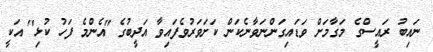
ނައިބު ރައީސްގެ މަގާމަށް ވަޑައިގަންނަވާނެކަން ކަށަވަރުވެފައިވާ އަދީބުގެ "އެންމެ ފަހު ކުޅި" އަކީ